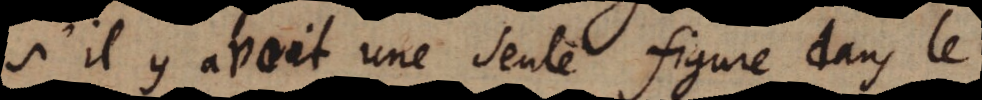
s’il y avoit une seule figure dans le